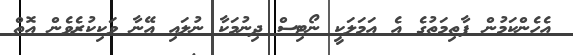
އެހެންކަމުން ފާތިމަތުގެ އެ އަމަލަކީ ނޯޓިސް ދިނުމަކާ ނުލައި އޭނާ ވަކިކުރެވެން އޮތް